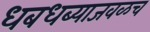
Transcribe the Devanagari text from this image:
धबधब्याजवळच